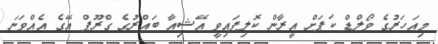
މިއަހަރުގެ ވޯލްޑް ކަޕަށް އީރާން ކޮލިފައިވީ އޭޝިއާ ބައްރުގެ ގްރޫޕް އޭގެ އެއްވަނަ